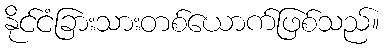
နိုင်ငံခြားသားတစ်ယောက်ဖြစ်သည်။